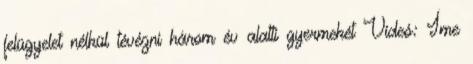
felügyelet nélkül tévézni három év alatti gyermekét Videó: Íme